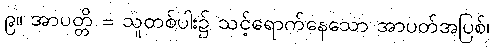
၉။ အာပတ္တိ = သူတစ်ပါး၌ သင့်ရောက်နေသော အာပတ်အပြစ်၊